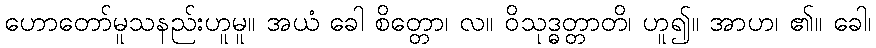
ဟောတော်မူသနည်းဟူမူ။ အယံ ခေါ စိတ္တော၊ လ။ ဝိသုဒ္ဓတ္တာတိ၊ ဟူ၍။ အာဟ၊ ၏။ ခေါ၊